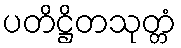
ပတိဋ္ဌိတသုတ္တံ